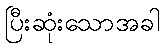
ပြီးဆုံးသောအခါ